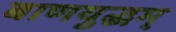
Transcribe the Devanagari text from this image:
बाणयुद्धम्